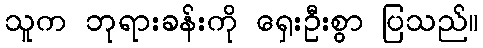
သူက ဘုရားခန်းကို ရှေးဦးစွာ ပြသည်။